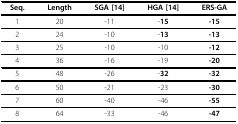
<table><thead><tr><td><b>Seq.</b></td><td><b>Length</b></td><td><b>SGA [14]</b></td><td><b>HGA [14]</b></td><td><b>ERS-GA</b></td></tr></thead><tbody><tr><td>1</td><td>20</td><td>-11</td><td>-<b>15</b></td><td><b>-15</b></td></tr><tr><td>2</td><td>24</td><td>-10</td><td>-<b>13</b></td><td><b>-13</b></td></tr><tr><td>3</td><td>25</td><td>-10</td><td>-10</td><td><b>-12</b></td></tr><tr><td>4</td><td>36</td><td>-16</td><td>-19</td><td><b>-20</b></td></tr><tr><td>5</td><td>48</td><td>-26</td><td>-<b>32</b></td><td><b>-32</b></td></tr><tr><td>6</td><td>50</td><td>-21</td><td>-23</td><td><b>-30</b></td></tr><tr><td>7</td><td>60</td><td>-40</td><td>-46</td><td><b>-55</b></td></tr><tr><td>8</td><td>64</td><td>-33</td><td>-46</td><td><b>-47</b></td></tr></tbody></table>